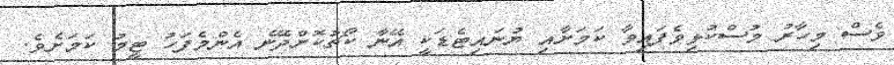
ވެސް މިހާރު މުސްކުޅިވެފައިވާ ކަމަށާއި ޔުނައިޓެޑަކީ އޭނާ ކޯޗުކޮށްދޭނެ އެންމެފަހު ޓީމު ކަމަށެވެ.